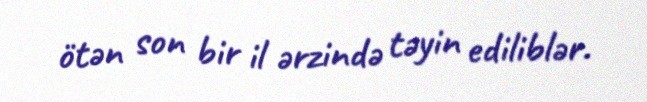
ötən son bir il ərzində təyin ediliblər.